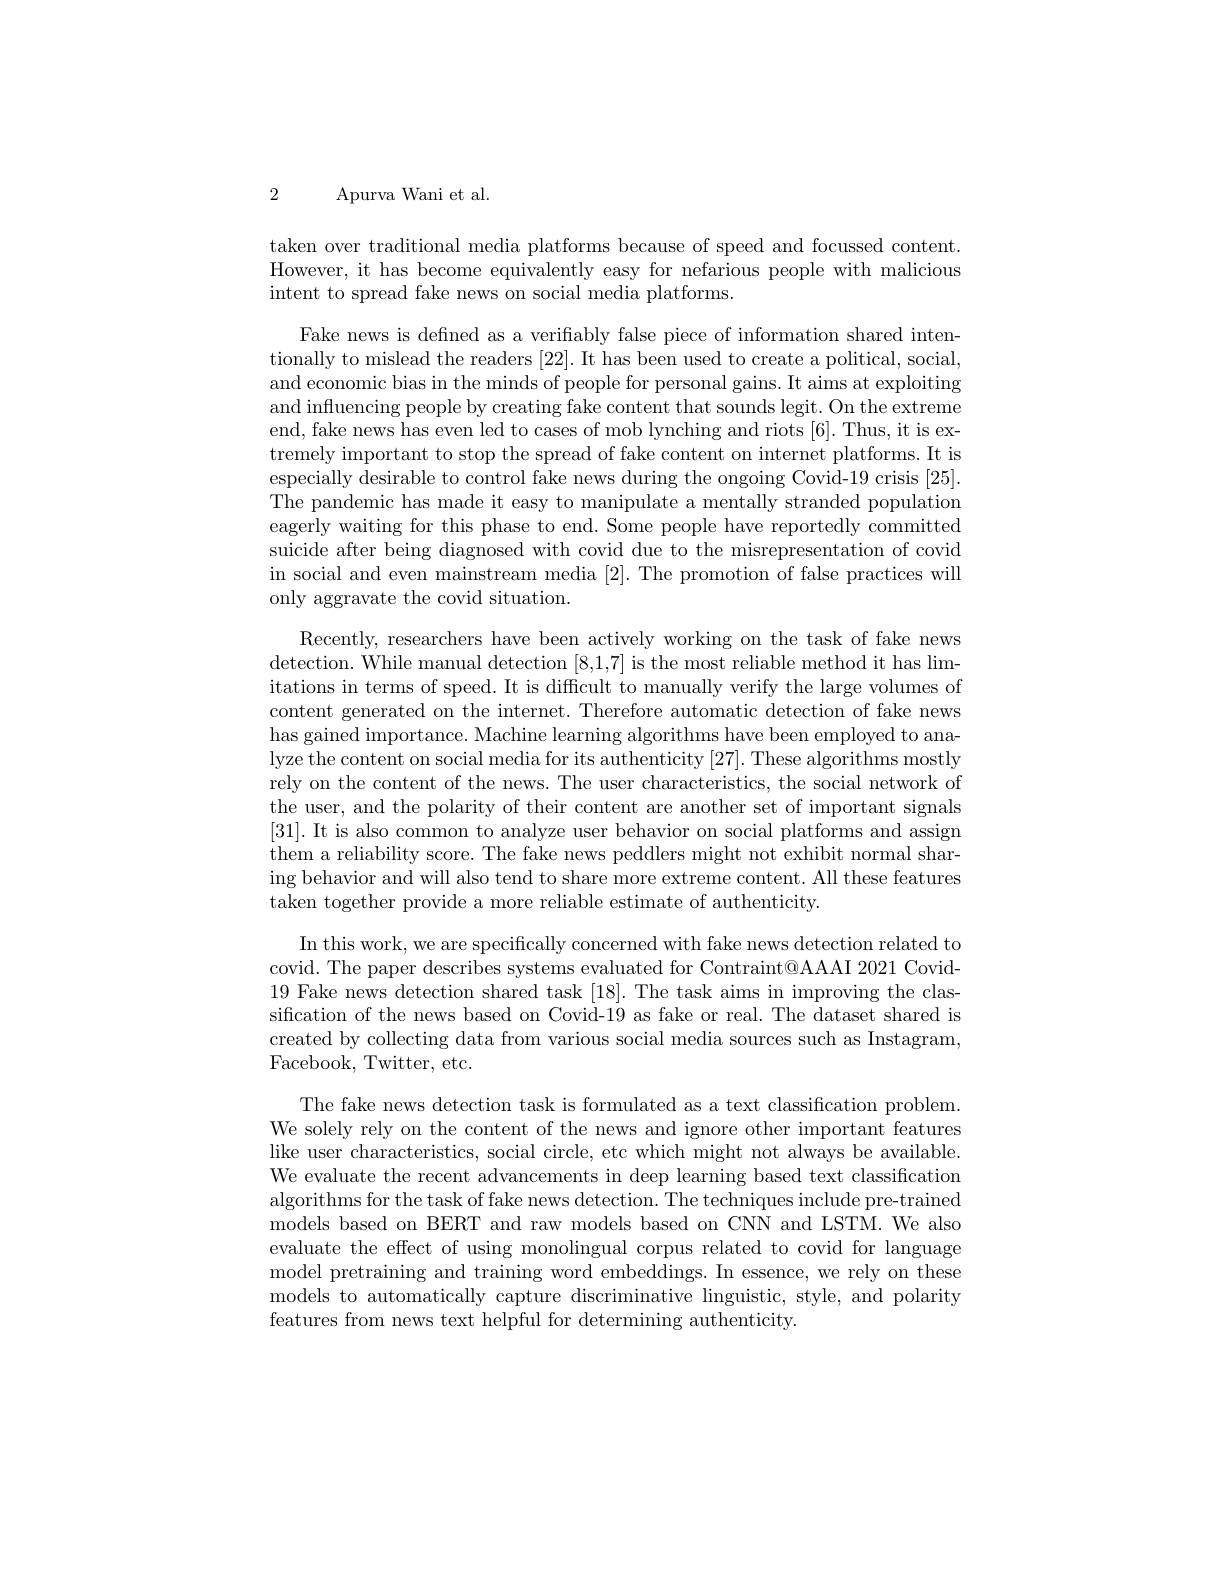
2 Apurva Wani et al.

taken over traditional media platforms because of speed and focussed content. However, it has become equivalently easy for nefarious people with malicious intent to spread fake news on social media platforms.

Fake news is defined as a verifiably false piece of information shared intentionally to mislead the readers [22]. It has been used to create a political, social, and economic bias in the minds of people for personal gains. It aims at exploiting and influencing people by creating fake content that sounds legit. On the extreme end, fake news has even led to cases of mob lynching and riots [6]. Thus, it is extremely important to stop the spread of fake content on internet platforms. It is especially desirable to control fake news during the ongoing Covid-19 crisis [25]. The pandemic has made it easy to manipulate a mentally stranded population eagerly waiting for this phase to end. Some people have reportedly committed suicide after being diagnosed with covid due to the misrepresentation of covid in social and even mainstream media [2]. The promotion of false practices will only aggravate the covid situation.

Recently, researchers have been actively working on the task of fake news detection. While manual detection [8,1,7] is the most reliable method it has limitations in terms of speed. It is difficult to manually verify the large volumes of content generated on the internet. Therefore automatic detection of fake news has gained importance. Machine learning algorithms have been employed to analyze the content on social media for its authenticity [27]. These algorithms mostly rely on the content of the news. The user characteristics, the social network of the user, and the polarity of their content are another set of important signals [31]. It is also common to analyze user behavior on social platforms and assign them a reliability score. The fake news peddlers might not exhibit normal sharing behavior and will also tend to share more extreme content. All these features taken together provide a more reliable estimate of authenticity.

In this work, we are specifically concerned with fake news detection related to covid. The paper describes systems evaluated for Contraint@AAAI 2021 Covid- 19 Fake news detection shared task [18]. The task aims in improving the classification of the news based on Covid-19 as fake or real. The dataset shared is created by collecting data from various social media sources such as Instagram, Facebook, Twitter, etc.

The fake news detection task is formulated as a text classification problem. We solely rely on the content of the news and ignore other important features like user characteristics, social circle, etc which might not always be available. We evaluate the recent advancements in deep learning based text classification algorithms for the task of fake news detection. The techniques include pre-trained models based on BERT and raw models based on CNN and LSTM. We also evaluate the effect of using monolingual corpus related to covid for language model pretraining and training word embeddings. In essence, we rely on these models to automatically capture discriminative linguistic, style, and polarity features from news text helpful for determining authenticity.